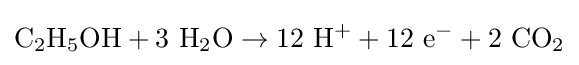
\mathrm {C_{2}H_{5}OH+3\ H_{2}O\to 12\ H^{+}+12\ e^{-}+2\ CO_{2}}